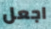
اجعل